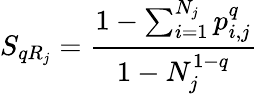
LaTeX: S_{qR_{j}}=\frac{1-\sum_{i=1}^{N_{j}}p_{i,j}^{q}}{1-N_{j}^{1-q}}